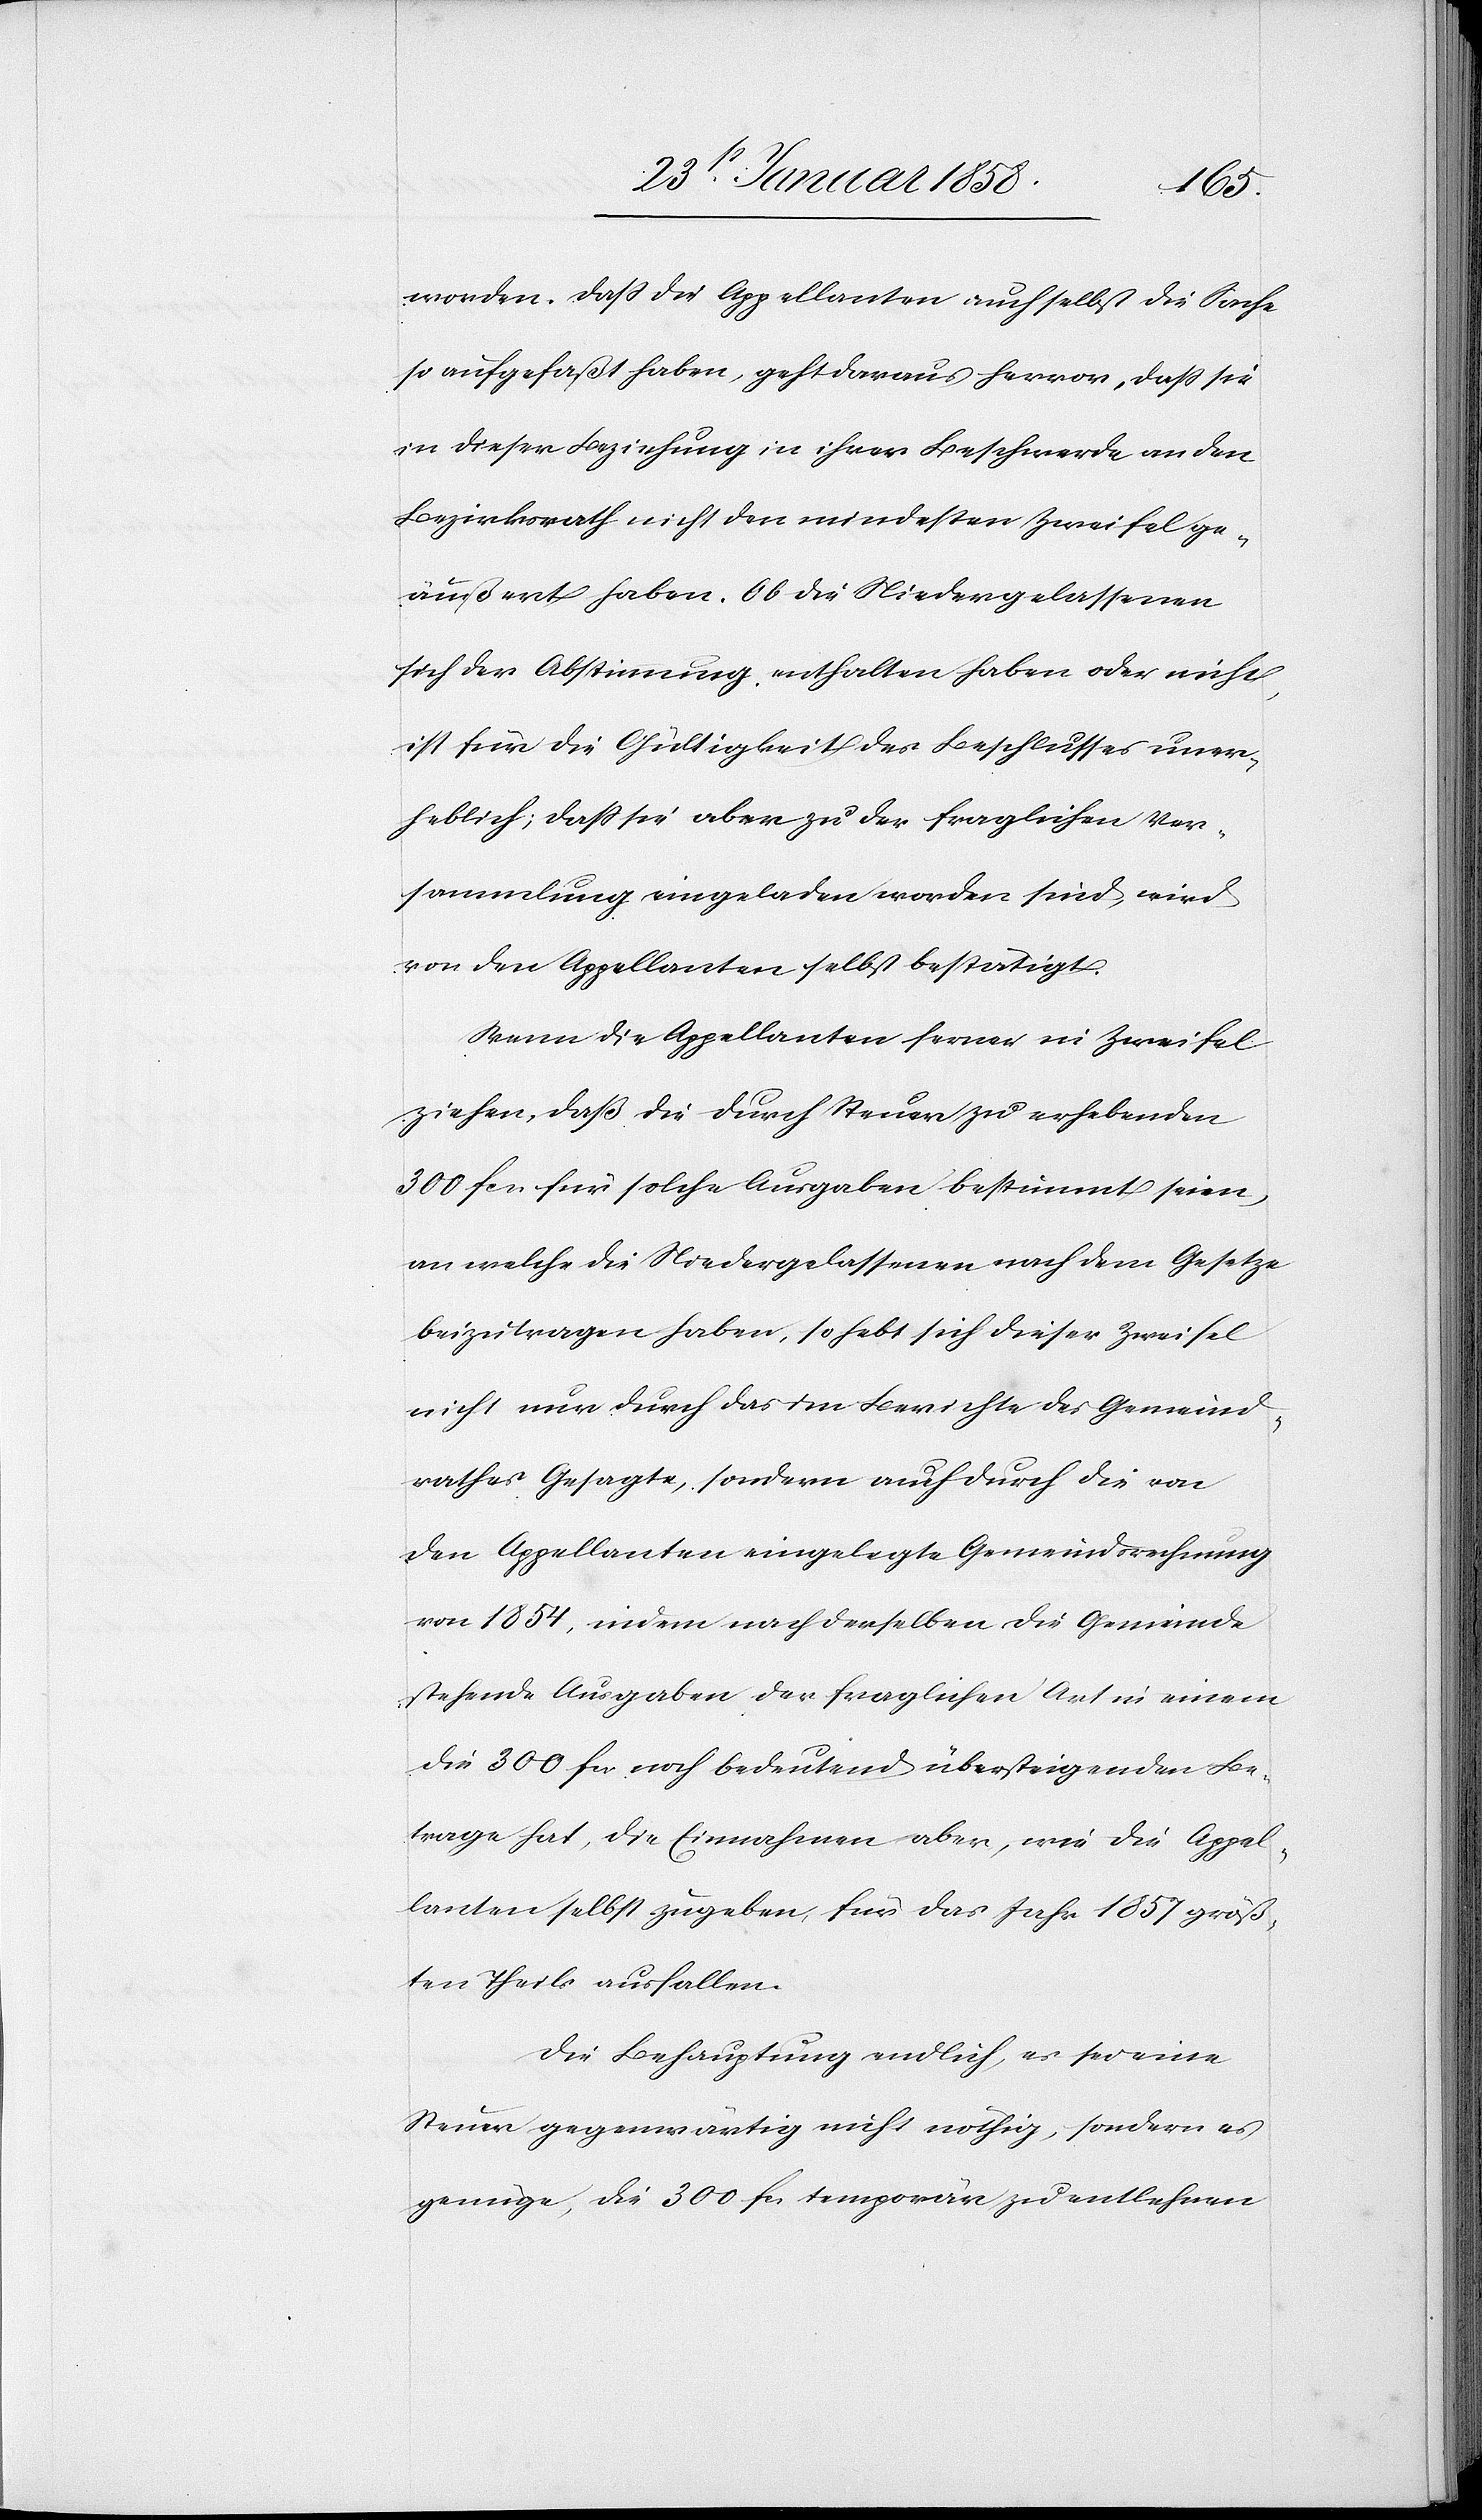
worden. Daß die Appellanten auch selbst die Sache
so aufgefaßt haben, geht daraus hervor, daß sie
in dieser Beziehung in ihrer Beschwerde an den
Bezirksrath nicht den mindesten Zweifel ge¬
äußert haben. Ob die Niedergelassenen
sich der Abstimmung enthalten haben oder nicht,
ist für die Gültigkeit des Beschlusses uner¬
heblich; daß sie aber zu der fraglichen Ver¬
sammlung eingeladen worden sind, wird
von den Appellanten selbst bestätigt.
Wenn die Appellanten ferner in Zweifel
ziehen, daß die durch Steuer zu erhebenden
300 fcs. für solche Ausgaben bestimmt seien,
an welche die Niedergelassenen nach dem Gesetze
beizutragen haben, so hebt sich dieser Zweifel
nicht nur durch das im Berichte des Gemeind¬
rathes Gesagte, sondern auch durch die von
den Appellanten eingelegte Gemeindsrechnung
von 1854, indem nach derselben die Gemeinde
stehende Ausgaben der fraglichen Art in einem
die 300 fcs. noch bedeutend übersteigenden Be¬
trage hat, die Einnahmen aber, wie die Appel¬
lanten selbst zugeben, für das Jahr 1857 größ¬
ten Theils ausfallen.
Die Behauptung endlich, es sei eine
Steuer gegenwärtig nicht nöthig, sondern es
genüge, die 300 fcs. temporär zu entlehnen